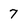
Character: 7